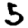
Digit: 5